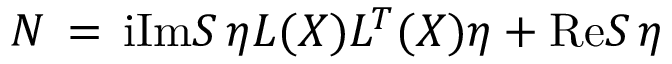
{ \cal N } \, = \, \mathrm { i } \mathrm { I m } S \, \eta L ( X ) L ^ { T } ( X ) \eta + \mathrm { R e } S \, \eta